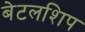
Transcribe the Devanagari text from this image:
बेटलशिप